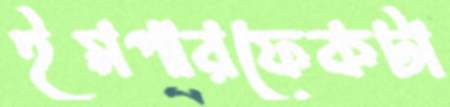
ইমপারফেকটা